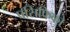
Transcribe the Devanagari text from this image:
पसिफिको